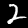
Digit: 2